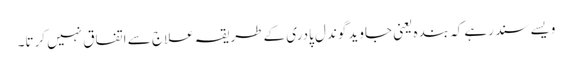
ویسے سند رہے کہ بندہ یعنی جاوید گوندل پادری کے طریقہ علاج سے اتفاق نہیں کرتا۔